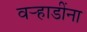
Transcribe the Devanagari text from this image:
वर्‍हाडींना